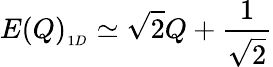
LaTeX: E(Q)_{_{1D}}\simeq\sqrt{2}Q+{\frac{1}{\sqrt{2}}}